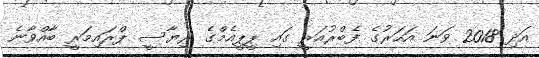
އަދި 2018 ވަނަ އަހަރުގެ ފެބްރުއަރީ ގައި ޕީޕީއެމްގެ ރިޔާސީ ޕްރައިމަރީ ބާއްވާނެ